Annual report on the working of the lock hospitals in the Central Provinces
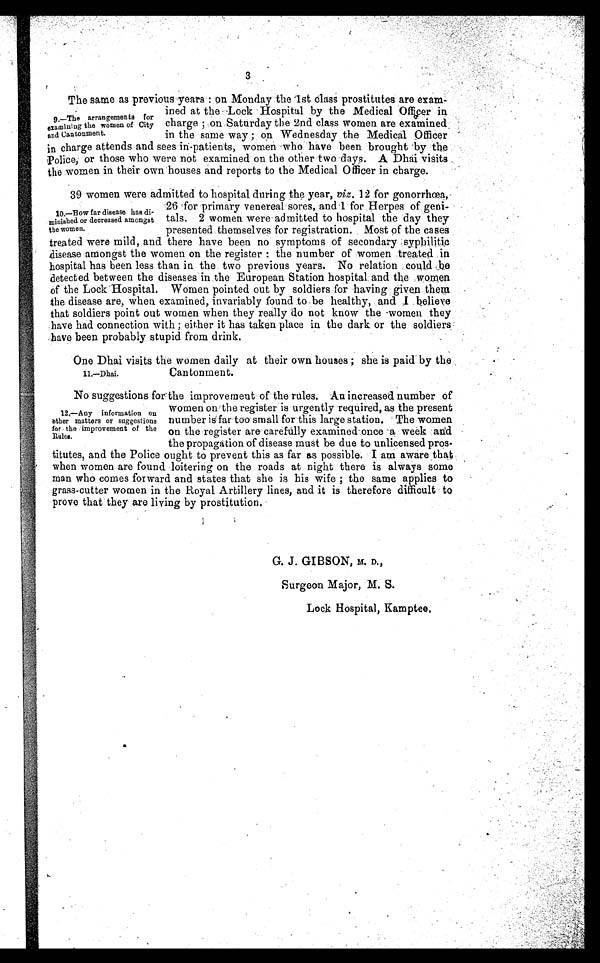
3
The same as previous years:on Monday the 1st class prostitutes are exam
ined at the Lock Hospital by the Medical Officer in
charge;on Saturday the 2nd class women are examined
in the same way;on Wednesday the Medical Officer
in charge attends and sees in-patients, women who have been brought by the
Police, or those who were not examined on the other two days. A Dhai visits
the women in their own houses and reports to the Medical Officer in charge.
39 women were admitted to hospital during the year, viz. 12 for gonorrhœa,
26 'for primary venereal sores, and '1 for Herpes of geni-
tals. 2 women were admitted to hospital the day they
presented themselves for registration. Most of the cases
treated were mild, and there have been no symptoms of secondary syphilitic
disease amongst the women on the register:the number of women treated in
hospital has been less than in the two previous years. No relation could be
detected between the diseases in the European Station hospital and the women
of the Lock Hospital. Women pointed out by soldiers for having given them
the disease are, when examined, invariably found to be healthy, and believe
that soldiers point out women when they really do not know the -women they
have had connection with;either it has taken place in the dark or the soldiers
have been probably stupid from drink.
One Dhai visits the women daily at their own houses;she is paid by the
Cantonment.
No suggestions for the improvement of the rules. An increased number of
women on the register is urgently required, as the present
number is far too small for this large station. The women
on the.register.arecarefullyexamined-once. a. week. and
.
thepropagation of disease must be due to unlicensed pros-
titutes, and the Police ought to prevent this as far as possible. I am aware that.
when women are found loitering on the roads at night there is always some
man who comes forward and states that she is his wife;the same applies to
grass-cutter women in the Royal Artillery lines, and it is therefore difficult to
prove that they are living by prostitution,
G. J. GIBSON, M. D.,
Surgeon Major, M. S.
Lock Hospital, Kamptee,
2
9.—The arrangements for
examining the women of City
and Cantonment.
10.—Bow far disease has di-
minished or decreased amongst
the women.
11.—Dhai.
12.—Any information on
o ther matters or suggestions
for the improvement of the
.Rules